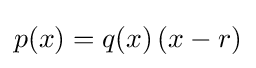
p(x)=q(x)\,(x-r)